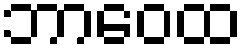
ဘာဝေထ